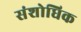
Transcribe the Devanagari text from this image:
संशोधिक